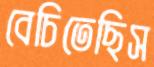
বেচিতেছিস